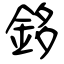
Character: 鉹